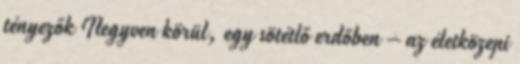
tényezők Negyven körül, egy sötétlő erdőben – az életközepi